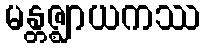
မန္တဇ္ဈာယကဿ